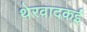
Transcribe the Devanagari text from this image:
थेरवादकई